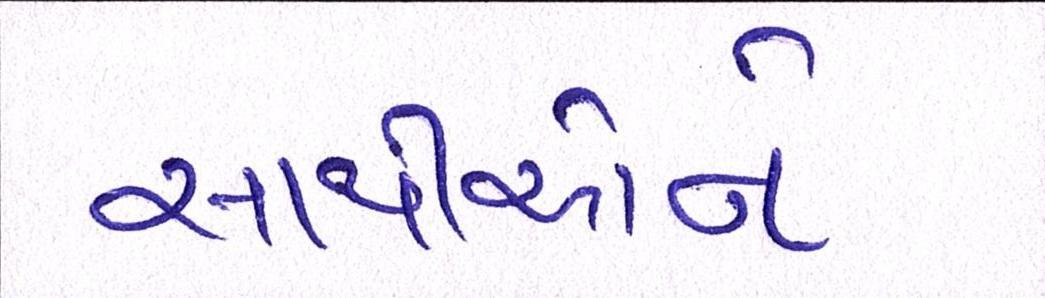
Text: સાથીઓને